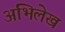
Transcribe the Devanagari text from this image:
अभिलेख